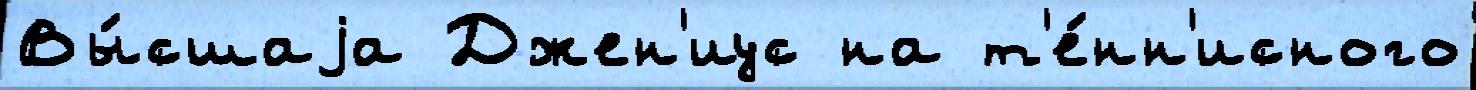
Вы́сшаjа Джен'иус на т'е́нн'исного